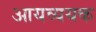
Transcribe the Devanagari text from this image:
आयव्ययक